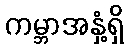
ကမ္ဘာအနှံ့ရှိ